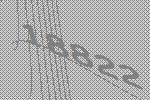
18822